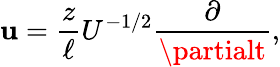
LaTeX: \mathbf{u}=\frac{{z}}{{\ell}}U^{-1/2}\frac{{\partial}}{{\partialt}},